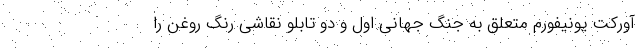
آورکت یونیفورم متعلق به جنگ جهانی اول و دو تابلو نقاشی رنگ روغن را